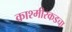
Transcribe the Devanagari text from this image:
काश्मीरकडचा